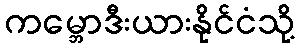
ကမ္ဘောဒီးယားနိုင်ငံသို့